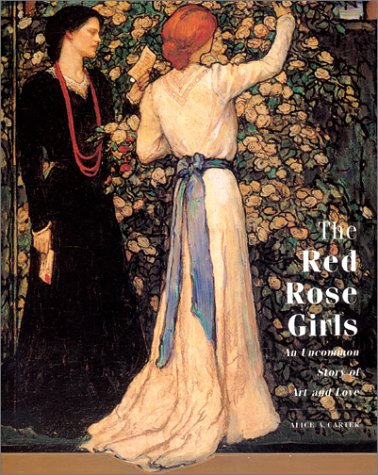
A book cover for The Red Rose Girls: An Uncommon Story of Art and Love; Alice A. Carter; Gay & Lesbian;